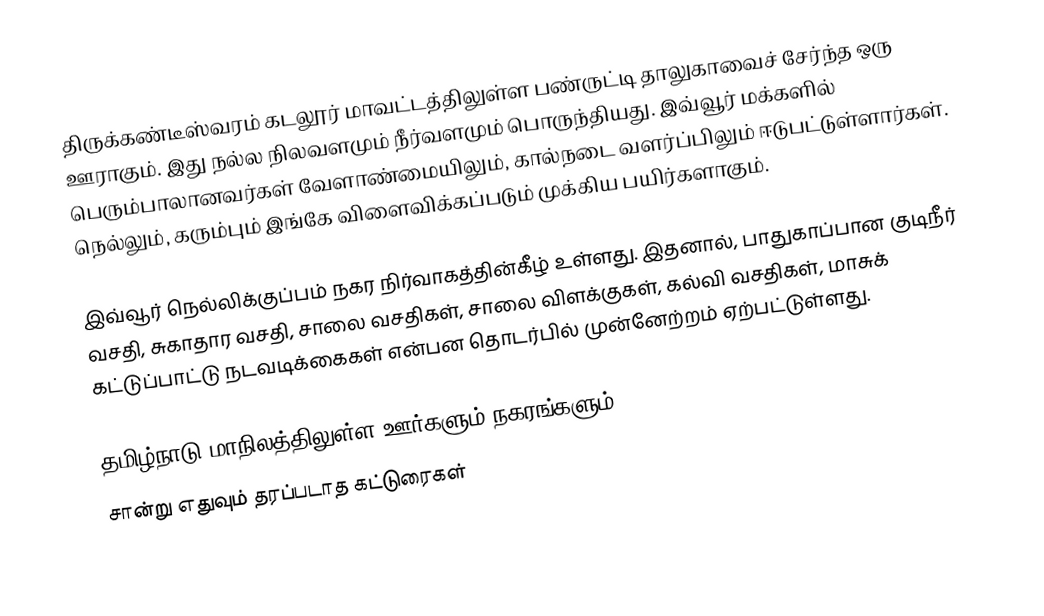
திருக்கண்டீஸ்வரம் கடலூர் மாவட்டத்திலுள்ள பண்ருட்டி தாலுகாவைச் சேர்ந்த ஒரு ஊராகும். இது நல்ல நிலவளமும் நீர்வளமும் பொருந்தியது. இவ்வூர் மக்களில் பெரும்பாலானவர்கள் வேளாண்மையிலும், கால்நடை வளர்ப்பிலும் ஈடுபட்டுள்ளார்கள். நெல்லும், கரும்பும் இங்கே விளைவிக்கப்படும் முக்கிய பயிர்களாகும்.

இவ்வூர் நெல்லிக்குப்பம் நகர நிர்வாகத்தின்கீழ் உள்ளது. இதனால், பாதுகாப்பான குடிநீர் வசதி, சுகாதார வசதி, சாலை வசதிகள், சாலை விளக்குகள், கல்வி வசதிகள், மாசுக் கட்டுப்பாட்டு நடவடிக்கைகள் என்பன தொடர்பில் முன்னேற்றம் ஏற்பட்டுள்ளது.

தமிழ்நாடு மாநிலத்திலுள்ள ஊர்களும் நகரங்களும்
சான்று எதுவும் தரப்படாத கட்டுரைகள்